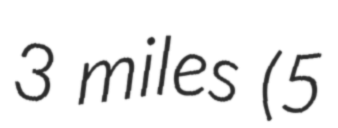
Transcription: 3 miles (5